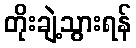
တိုးချဲ့သွားရန်